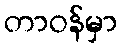
တာဝန်မှာ